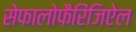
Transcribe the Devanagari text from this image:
सेफालोफैरिंजिऐल